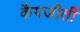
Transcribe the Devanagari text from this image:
कैपजीतीं